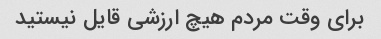
برای وقت مردم هیچ ارزشی قایل نیستید